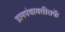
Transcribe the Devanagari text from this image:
ग्रामपंचायतीतर्फे